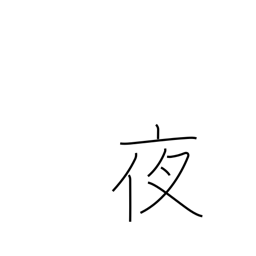
Meaning: night